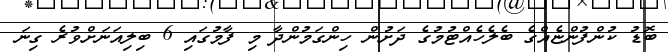
ބޮޑު ކުންފުންޏެއްގެ ބެލެހެއްޓުމުގެ ދަށުން ހިންގަމުންދާ މި ފާމުގައި 6 ބިލިއަނަށްވުރެ ގިނަ